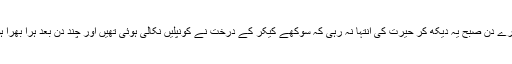
دوسرے دِن صبح یہ دیکھ کر حیرت کی انتہا نہ رہی کہ سُوکھے کیکر کے درخت نے کونپلیں نکالی ہوئی تھیں اور چند دن بعد ہرا بھرا ہوگیا۔